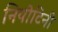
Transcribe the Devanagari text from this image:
नियोटिनी